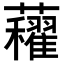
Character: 𧅈